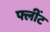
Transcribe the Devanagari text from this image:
फ्लींट